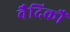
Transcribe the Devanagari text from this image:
वैदिकौं